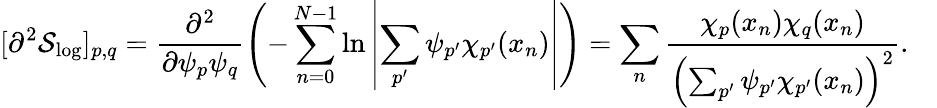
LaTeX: [\partial^{2}\mathcal{S}_{\mathrm{log}}]_{p,q}=\frac{\partial^{2}}{\partial\psi_{p}\psi_{q}}\left(-\sum_{n=0}^{N-1}\ln\left|\sum_{p^{\prime}}\psi_{p^{\prime}}\chi_{p^{\prime}}(x_{n})\right|\right)=\sum_{n}\frac{\chi_{p}(x_{n})\chi_{q}(x_{n})}{\left(\sum_{p^{\prime}}\psi_{p^{\prime}}\chi_{p^{\prime}}(x_{n})\right)^{2}}.\quad